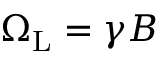
\Omega _ { \mathrm { L } } = \gamma B